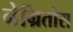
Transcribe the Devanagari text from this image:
नेग्रितोस